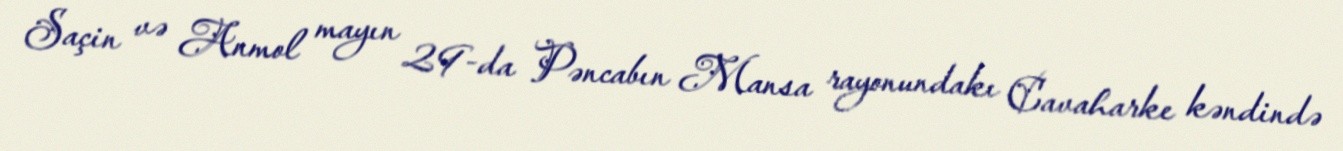
Saçin və Anmol mayın 29-da Pəncabın Mansa rayonundakı Cavaharke kəndində